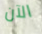
الآن